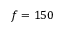
f = 1 5 0